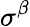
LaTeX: \sigma^{\beta}